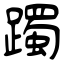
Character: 躅